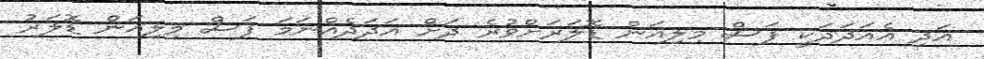
އަދި އެއަދަދަކީ ފަސް މިލިއަން ޑޮލަރަށްވުރެ ދަށް އަދަދެއްނަމަ ފަސް މިލިއަން ޑޮލަރު